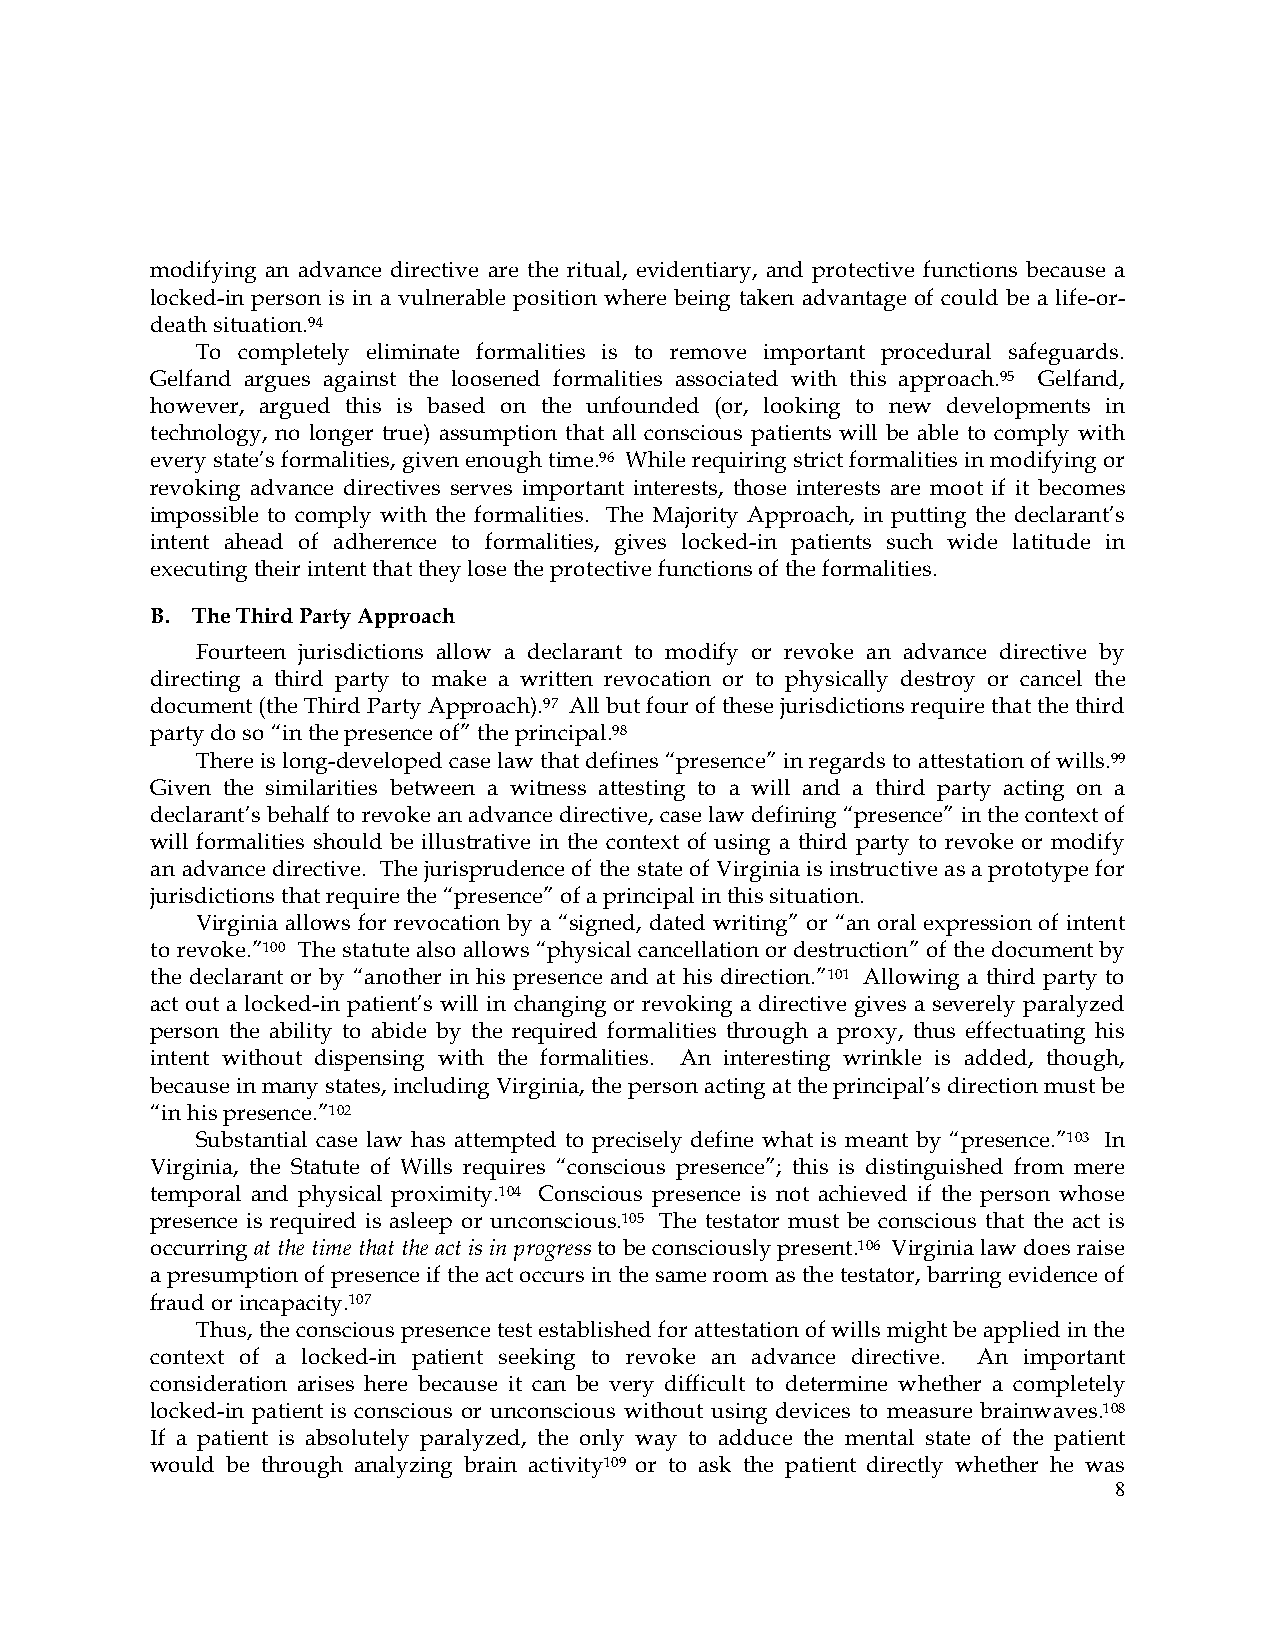
modifying an advance directive are the ritual, evidentiary, and protective functions because a
 locked-in person is in a vulnerable position where being taken advantage of could be a life-or-
 death situation.94
 To completely eliminate formalities is to remove important procedural safeguards.
 Gelfand argues against the loosened formalities associated with this approach.95 Gelfand,
 however, argued this is based on the unfounded (or, looking to new developments in
 technology, no longer true) assumption that all conscious patients will be able to comply with
 every state’s formalities, given enough time.96 While requiring strict formalities in modifying or
 revoking advance directives serves important interests, those interests are moot if it becomes
 impossible to comply with the formalities. The Majority Approach, in putting the declarant’s
 intent ahead of adherence to formalities, gives locked-in patients such wide latitude in
 executing their intent that they lose the protective functions of the formalities.
 B. The Third Party Approach
 Fourteen jurisdictions allow a declarant to modify or revoke an advance directive by
 directing a third party to make a written revocation or to physically destroy or cancel the
 document (the Third Party Approach).97 All but four of these jurisdictions require that the third
 party do so “in the presence of” the principal.98
 There is long-developed case law that defines “presence” in regards to attestation of wills.99
 Given the similarities between a witness attesting to a will and a third party acting on a
 declarant’s behalf to revoke an advance directive, case law defining “presence” in the context of
 will formalities should be illustrative in the context of using a third party to revoke or modify
 an advance directive. The jurisprudence of the state of Virginia is instructive as a prototype for
 jurisdictions that require the “presence” of a principal in this situation.
 Virginia allows for revocation by a “signed, dated writing” or “an oral expression of intent
 to revoke.”100 The statute also allows “physical cancellation or destruction” of the document by
 the declarant or by “another in his presence and at his direction.”101 Allowing a third party to
 act out a locked-in patient’s will in changing or revoking a directive gives a severely paralyzed
 person the ability to abide by the required formalities through a proxy, thus effectuating his
 intent without dispensing with the formalities. An interesting wrinkle is added, though,
 because in many states, including Virginia, the person acting at the principal’s direction must be
 “in his presence.”102
 Substantial case law has attempted to precisely define what is meant by “presence.”103 In
 Virginia, the Statute of Wills requires “conscious presence”; this is distinguished from mere
 temporal and physical proximity.104 Conscious presence is not achieved if the person whose
 presence is required is asleep or unconscious.105 The testator must be conscious that the act is
 occurring at the time that the act is in progress to be consciously present.106 Virginia law does raise
 a presumption of presence if the act occurs in the same room as the testator, barring evidence of
 fraud or incapacity.107
 Thus, the conscious presence test established for attestation of wills might be applied in the
 context of a locked-in patient seeking to revoke an advance directive. An important
 consideration arises here because it can be very difficult to determine whether a completely
 locked-in patient is conscious or unconscious without using devices to measure brainwaves.108
 If a patient is absolutely paralyzed, the only way to adduce the mental state of the patient
 would be through analyzing brain activity109 or to ask the patient directly whether he was
 8